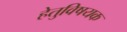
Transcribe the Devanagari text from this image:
हेतुविषयक